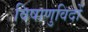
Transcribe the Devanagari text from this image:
विषाणुविदों